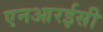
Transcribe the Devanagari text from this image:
एनआरईसी